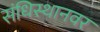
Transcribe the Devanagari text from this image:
संधिस्थानवर